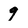
Character: 9